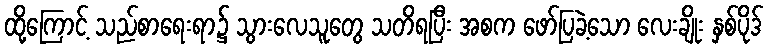
ထို့ကြောင့် သည်စာရေးရာ၌ သွားလေသူတွေ သတိရပြီး အစက ဖော်ပြခဲ့သော လေးချိုး နှစ်ပိုဒ်